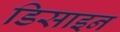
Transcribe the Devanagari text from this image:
डिसाइन